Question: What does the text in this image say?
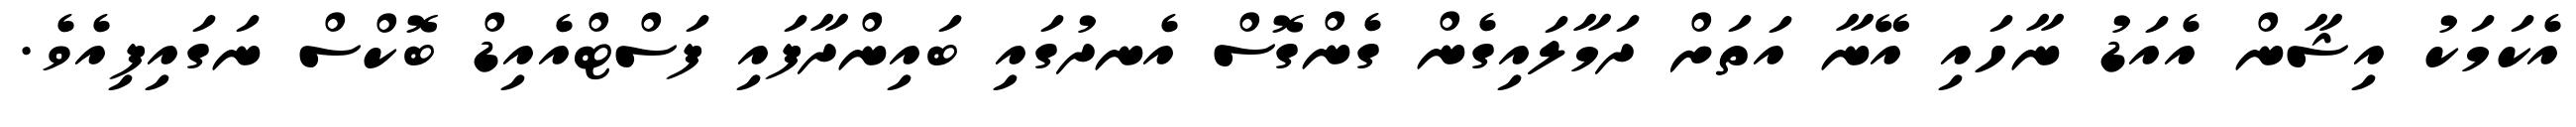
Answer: އެކަމަކު އިޝާން އެއަޑު ނާހައި އޭނާ އަތަށް ދަމާލައިގެން ގެންގޮސް އެނދުގައި ބައިންދާފައި ފަސްޓްއެއިޑް ބޮކްސް ނަގައިފިއެވެ.